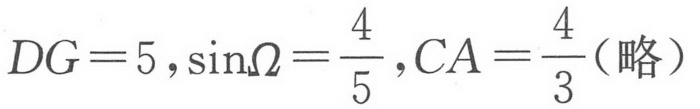
\(DG = 5,\sin\Omega=\frac{4}{5},CA=\frac{4}{3}(略)\)